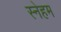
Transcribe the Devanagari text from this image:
स्नेहम